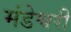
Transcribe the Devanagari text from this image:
मंडेश्वरी